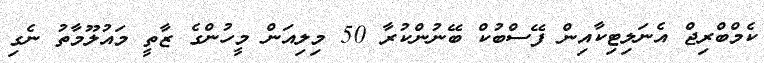
ކެމްބްރިޖް އެނަލިޓިކާއިން ފޭސްބުކް ބޭނުންކުރާ 50 މިލިއަން މީހުންގެ ޒާތީ މައުލޫމާތު ނެގި